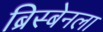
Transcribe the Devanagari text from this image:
ब्रिस्बेनला